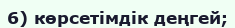
6) көрсетімдік деңгей;